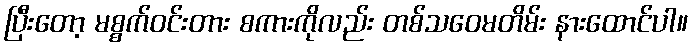
ပြီးတော့ မစ္စက်ဝင်းတား စကားကိုလည်း တစ်သဝေမတိမ်း နားထောင်ပါ။